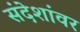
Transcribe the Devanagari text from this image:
संदेशांवर